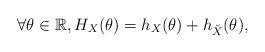
LaTeX: \begin{align*}\forall\theta\in\mathbb{R}, H_X(\theta)=h_X(\theta)+h_{\breve{X}}(\theta), \vadjust{\eject}\end{align*}